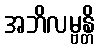
အဘိလမ္ဗန္တိ